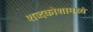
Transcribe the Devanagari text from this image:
शब्दकोशामध्ये